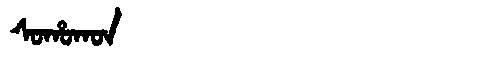
Manchu: ᠰᠣᡥᠣᡴᠣᠨ
Romanization: SOHOKON